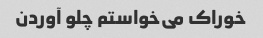
خوراک می‌خواستم چلو آوردن